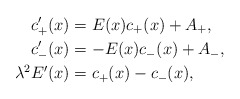
\begin{align*} c'_+(x)&=E(x)c_+(x)+A_+,\\ c'_-(x)&=-E(x)c_-(x)+A_-,\\ \lambda^2E'(x)&=c_+(x)-c_-(x),\end{align*}